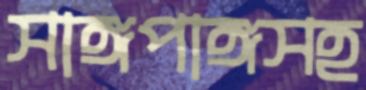
সাঙ্গপাঙ্গসহ